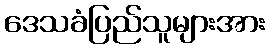
ဒေသခံပြည်သူများအား